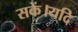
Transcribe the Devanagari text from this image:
सकें।यदि